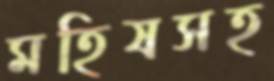
মহিষসহ